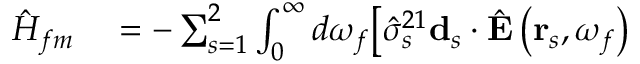
\begin{array} { r l } { \hat { H } _ { f m } } & { { } = - \sum _ { s = 1 } ^ { 2 } \int _ { 0 } ^ { \infty } d \omega _ { f } \bigl [ \hat { \sigma } _ { s } ^ { 2 1 } \mathbf { d } _ { s } \cdot \hat { \mathbf { E } } \left( \mathbf { r } _ { s } , \omega _ { f } \right) } \end{array}